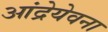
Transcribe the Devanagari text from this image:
आंद्रेयेवना